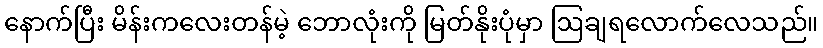
နောက်ပြီး မိန်းကလေးတန်မဲ့ ဘောလုံးကို မြတ်နိုးပုံမှာ ဩချရလောက်လေသည်။